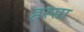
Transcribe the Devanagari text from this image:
हस्सा